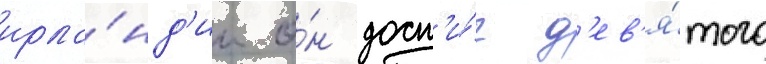
ирла́нд'ии о́н дост'и́г д'ев'я́того